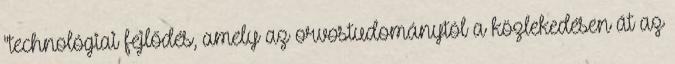
"technológiai fejlődés, amely az orvostudománytól a közlekedésen át az